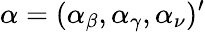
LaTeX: \alpha=(\alpha_{\beta},\alpha_{\gamma},\alpha_{\nu})^{\prime}